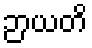
ဉာယတိ